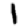
Digit: 1